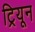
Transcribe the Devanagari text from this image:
ट्रियून